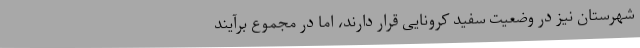
شهرستان نیز در وضعیت سفید کرونایی قرار دارند، اما در مجموع برآیند